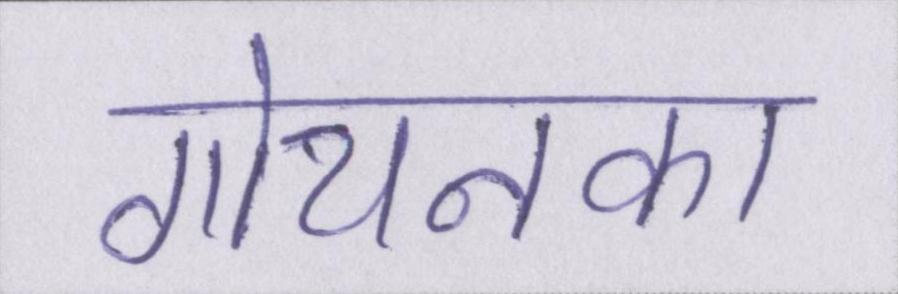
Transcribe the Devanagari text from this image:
गोयनका